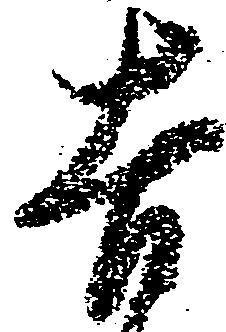
吉